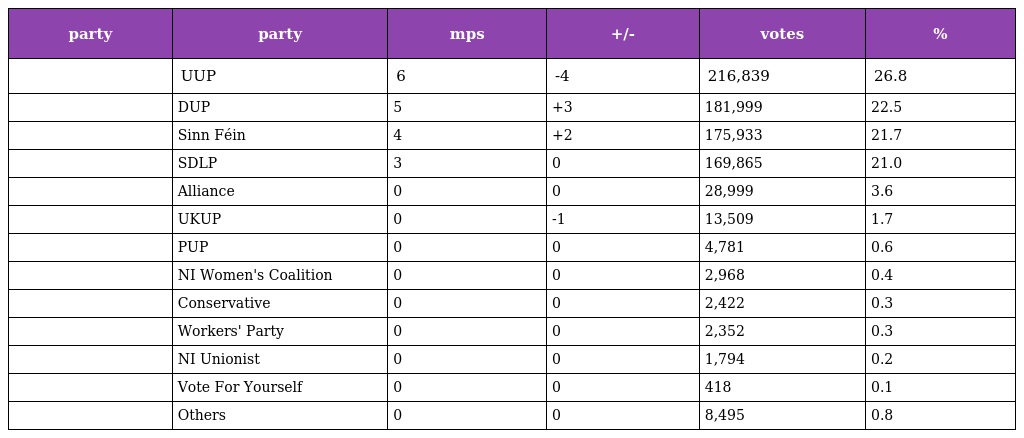
| party | party | mps | +/- | votes | % |
 | --- | --- | --- | --- | --- | --- |
 |  | UUP | 6 | -4 | 216,839 | 26.8 |
 |  | DUP | 5 | +3 | 181,999 | 22.5 |
 |  | Sinn Féin | 4 | +2 | 175,933 | 21.7 |
 |  | SDLP | 3 | 0 | 169,865 | 21.0 |
 |  | Alliance | 0 | 0 | 28,999 | 3.6 |
 |  | UKUP | 0 | -1 | 13,509 | 1.7 |
 |  | PUP | 0 | 0 | 4,781 | 0.6 |
 |  | NI Women's Coalition | 0 | 0 | 2,968 | 0.4 |
 |  | Conservative | 0 | 0 | 2,422 | 0.3 |
 |  | Workers' Party | 0 | 0 | 2,352 | 0.3 |
 |  | NI Unionist | 0 | 0 | 1,794 | 0.2 |
 |  | Vote For Yourself | 0 | 0 | 418 | 0.1 |
 |  | Others | 0 | 0 | 8,495 | 0.8 |